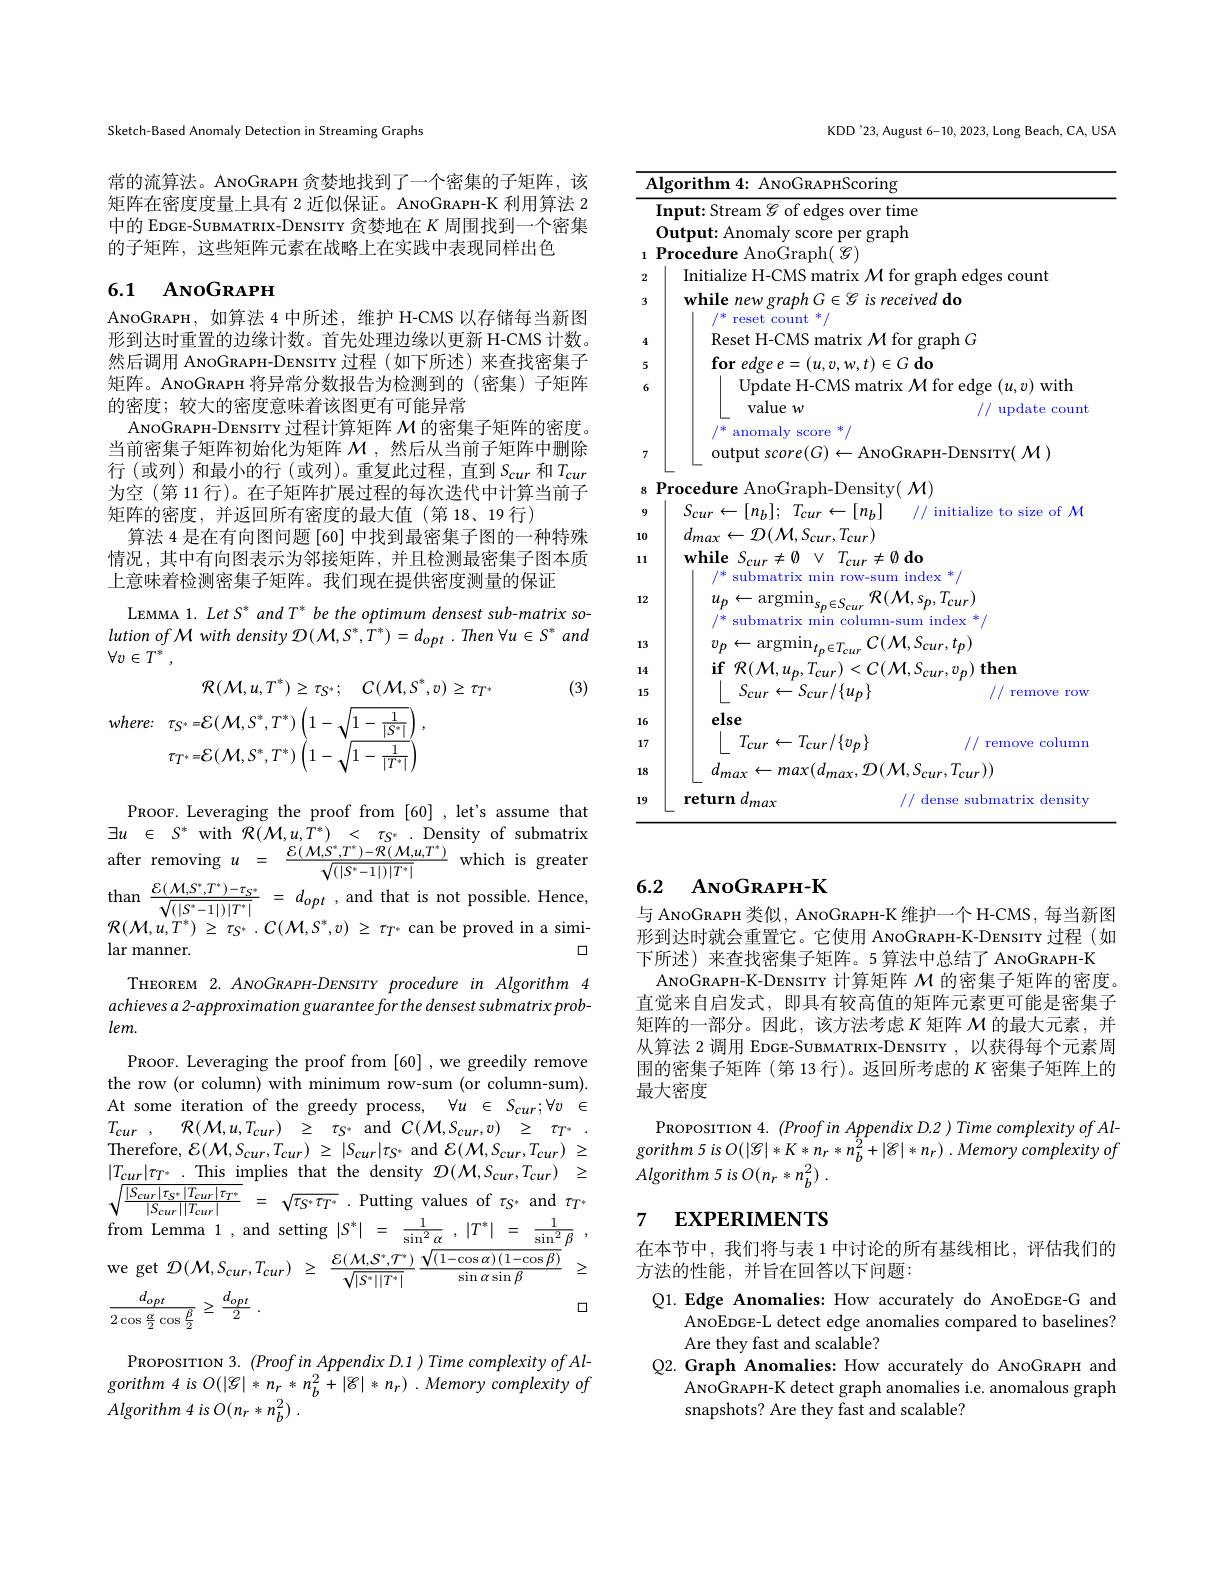
Sketch-Based Anomaly Detection in Streaming Graphs

常的流算法。ANOGRAPH 贪婪地找到了一个密集的子矩阵，该矩阵在密度度量上具有 2 近似保证。ANOGRAPH-K 利用算法 2中的 EDGE-SUBMATRIX-DENSITY 贪婪地在$K$周围找到一个密集的子矩阵，这些矩阵元素在战略上在实践中表现同样出色

## 6.1 ANOGRAPH

ANOGRAPH, 如算法 4 中所述，维护 H-CMS 以存储每当新图形到达时重置的边缘计数。首先处理边缘以更新 H-CMS 计数。然后调用 ANOGRAPH-DENSITY 过程 (如下所述) 来查找密集子矩阵。ANOGRAPH 将异常分数报告为检测到的(密集)子矩阵的密度；较大的密度意味着该图更有可能异常
ANOGRAPH-DENSITY 过程计算矩阵$\mathcal{M}$的密集子矩阵的密度。当前密集子矩阵初始化为矩阵$\mathcal{M}$ ,然后从当前子矩阵中删除行(或列)和最小的行(或列)。重复此过程，直到$S_cur$ 和$T_cur$ 为空 (第 11 行)。在子矩阵扩展过程的每次迭代中计算当前子矩阵的密度，并返回所有密度的最大值(第18、19行)
算法 4 是在有向图问题 [60] 中找到最密集子图的一种特殊情况，其中有向图表示为邻接矩阵，并且检测最密集子图本质上意味着检测密集子矩阵。我们现在提供密度测量的保证

LEMMA 1. Let S and T* be the optimum densest sub-matrix so- $lution~of~\mathcal{M}~with~density~\mathcal{D}(\mathcal{M},S^{*},T^{*})=d_{opt}~.~Then~\forall u\in S^{*}~and$ $\forall v\in T^*$,

(3)
$$\mathcal{R}(\mathcal{M},u,T^{*})\geq\tau_{S^{*}};\quad C(\mathcal{M},S^{*},v)\geq\tau_{T^{*}}\\where:\tau_{S^{*}}=\mathcal{E}(\mathcal{M},S^{*},T^{*})\left(1-\sqrt{1-\frac{1}{|S^{*}|}}\right),\\\tau_{T^{*}}=\mathcal{E}(\mathcal{M},S^{*},T^{*})\left(1-\sqrt{1-\frac{1}{|T^{*}|}}\right)$$
PROOF. Leveraging the proof from [60] ,let's assume that $\exists u\in$ $S^{* }$ with $\mathcal{R} ( \mathcal{M} , u, T^{* })$ < $\tau _{S^{* }}$ . Density of submatrix after removing $u$ = $\frac {\mathcal{E} ( \mathcal{M} , S^{* }, T^{* }) - \mathcal{R} ( \mathcal{M} , u, T^{* }) }{\sqrt {( | S^{* }- 1| ) | T^{* }| }}$ which is greater than $\frac {\mathcal{E} ( \mathcal{M} , S^{* }, T^{* }) - \tau _{S^{* }}}{\sqrt {( | S^{* }- 1| ) | T}}$ $\mathcal{R} ( \mathcal{M} , u, T^{* })$ $\geq$ $\tau _{S^{* }}$ . $\mathcal{C} ( \mathcal{M} , S^{* }, v)$ $\geq$ $\tau _{T^{* }}$ can be proved in a simi-
口
lar manner.
THEOREM 2. ANOGRAPH-DENSITY procedure in Algorithm 4 achieves a 2-approximation guarantee for the densest submatrix prob- $lem.$
PROOF. Leveraging the proof from [60] ,we greedily remove the row (or column) with minimum row-sum (or column-sum). At some iteration of the greedy process, $\forall u\in S_{cur};\forall v\in$ $T_{cur}$ , $\mathcal{R} ( \mathcal{M} , u, T_{cur})$ $\geq$ $\tau _{S^{* }}$ and $\mathcal{C} ( \mathcal{M} , S_{cur}, v)$ $\geq$ $\tau _{T^{* }}$ Therefore, $\mathcal{E} ( \mathcal{M} , S_{cur}, T_{cur})$ $\geq$ $| S_{cur}| \tau _{S^{* }}$ and $\mathcal{E} ( \mathcal{M} , S_{cur}, T_{cur})$ $\geq$ $|T_{cur}|\tau_{T^*}~.~$This implies that the density $\mathcal{D} ( \mathcal{M} , S_{cur}, T_{cur})$ $\geq$ $\sqrt {\frac {| S_{cur}| \tau _{S^{* }}| T_{cur}| \tau _{T^{* }}}{| S_{cur}| | T_{cur}| }}$ = $\sqrt {\tau _{S^{* }}\tau _{T^{* }}}$ .Putting values of $\tau_{S^{*}}$ and$\tau_{T^{*}}$ from Lemma 1,and setting$|S^*|=\frac{1}{\sin^{2}\alpha},|T^{*}|=\frac{1}{\sin^{2}\beta}$, we get $\mathcal{D}(\mathcal{M},S_{cur},T_{cur})~\geq~\frac{\mathcal{E}(\mathcal{M},\mathcal{S}^{*},\mathcal{T}^{*})}{\sqrt{|S^{*}||T^{*}|}}~\frac{\sqrt{(1-\cos\alpha)(1-\cos\beta)}}{\sin\alpha\sin\beta}~\geq$
口
$\frac {d_{opt}}{2\cos \frac \alpha 2\cos \frac \beta 2}\geq \frac {d_{opt}}2$ .

PROPOSITION 3. $(ProofinAppendixD.1)TimecomplexityofAl-$ $gorithm4isO( | \mathscr{G} | * n_{r}* n_{b}^{2}+ | \mathscr{G} | * n_{r})$ $. Memory$ complexity $of$ $Algorithm~4~is~O(n_{r}*n_{b}^{2})$

KDD'23, August 6-10, 2023, Long Beach, CA, USA

<table>
	<tbody>
		<tr>
			<th>$f$ 1</th>
			<th>${\mathrm{rScoring}}$</th>
		</tr>
		<tr>
			<td> </td>
			<td>over time</td>
		</tr>
		<tr>
			<td> </td>
			<td>Output: Anomaly score per graph</td>
		</tr>
		<tr>
			<td>1</td>
			<td>$0\boldsymbol{ce}$ dmre T</td>
		</tr>
		<tr>
			<td>2</td>
			<td>nitialız WIN m: count</td>
		</tr>
		<tr>
			<td>3</td>
			<td>$\textbf{while new graph}G\in$ ls recervea uo $/^*$ reset count */</td>
		</tr>
		<tr>
			<td>4</td>
			<td>$V$ $.\ddot{\boldsymbol{d}}\mu$</td>
		</tr>
		<tr>
			<td>5 6</td>
			<td>$(u,v,0,v)$ Update H-CMS matrix $\mathcal{M}$ for edge $(u,v)$ with</td>
		</tr>
		<tr>
			<td>1</td>
			<td>value w // update count</td>
		</tr>
		<tr>
			<td>7</td>
			<td>anom SCOre output score$(G)\leftarrow$ANOGRAPH-DENSITY( $\mathcal{M})$</td>
		</tr>
		<tr>
			<td>8</td>
			<td>$M$</td>
		</tr>
		<tr>
			<td>9</td>
			<td>$S_{cur}\leftarrow [ n_{b}] ;$ $T_{cur}\leftarrow [ n_{b}]$ // initialize to size of $\mathcal{M}$</td>
		</tr>
		<tr>
			<td>10</td>
			<td>$d_{max}\leftarrow\mathcal{D}(\mathcal{M},S_{cur},T_{cur})$ H</td>
		</tr>
		<tr>
			<td>11 12</td>
			<td>$\mathbf{while}$ $S_{cur}\neq \emptyset$ $\vee$ $T_{cur}\neq \emptyset$ $\mathbf{do}$ $/^*$ submatrix min row-sum index */ $\mathcal{R}(\mathcal{M},s_{n},T_{c}$ $u_{n}\leftarrow$argmin</td>
		</tr>
		<tr>
			<td>SA 13</td>
			<td>$^{/*}$ submatrix min column-sum index " 21.</td>
		</tr>
		<tr>
			<td>14</td>
			<td> </td>
		</tr>
		<tr>
			<td>15</td>
			<td>$S_{cur}\leftarrow S_{cur}/\{u_{p}\}$ remove rowan</td>
		</tr>
		<tr>
			<td>16 17</td>
			<td>$\mathbf{e}\mathbf{lse}$ $T_{cur}\leftarrow T_{cur}/\{v_p\}$ fff / remove columm</td>
		</tr>
		<tr>
			<td>18</td>
			<td>$d_{max}\leftarrow max(d_{max},\mathcal{D}(\mathcal{M},S_{cur},T_{cur}))$</td>
		</tr>
		<tr>
			<td>19 </td>
			<td>return nax ense ensit</td>
		</tr>
	</tbody>
</table>

## 6.2 ANOGRAPH-K

与 ANOGRAPH 类似，ANOGRAPH-K 维护一个 H-CMS, 每当新图形到达时就会重置它。它使用 ANOGRAPH-K-DENSITY 过程 (如下所述) 来查找密集子矩阵。5 算法中总结了 ANOGRAPH-K ANOGRAPH-K-DENSITY 计算矩阵$\mathcal{M}$的密集子矩阵的密度。
直觉来自启发式，即具有较高值的矩阵元素更可能是密集子矩阵的一部分。因此，该方法考虑$\kappa$矩阵$\mathcal{M}$的最大元素 ,并从算法 2 调用 EDGE-SUBMATRIX-DENSITY , 以获得每个元素周围的密集子矩阵 (第 13 行)。返回所考虑的$K$密集子矩阵上的最大密度
PROPOSITION $4.(ProofinAppendixD.2)TimecomplexityofAl$- gorithm 5 is O$(|\mathscr{G}|*K*n_{r}*n_{b}^{2}+|\mathscr{G}|*n_{r})^{\prime}.Memory$ complexity of

$Algorithm\textit{5 is O}( n_r* n_b^2)$ .

## 7 EXPERIMENTS

在本节中，我们将与表 1 中讨论的所有基线相比，评估我们的
方法的性能，并旨在回答以下问题：

Q1.Edge Anomalies: How accurately do ANOEDGE-G and
ANOEDGE-L detect edge anomalies compared to baselines?
Are they fast and scalable?
Q2. Graph Anomalies: How accurately do ANOGRAPH and
ANOGRAPH-K detect graph anomalies i.e. anomalous graph
snapshots? Are they fast and scalable?